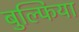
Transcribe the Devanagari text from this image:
बुल्फिया